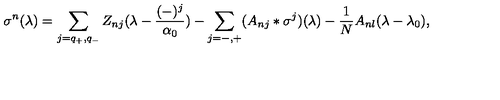
\sigma ^ { n } ( \lambda ) = \sum _ { j = q _ { + } , q _ { - } } Z _ { n j } ( \lambda - { \frac { ( - ) ^ { j } } { \alpha _ { 0 } } } ) - \sum _ { j = - , + } ( A _ { n j } * \sigma ^ { j } ) ( \lambda ) - { \frac { 1 } { N } } A _ { n l } ( \lambda - \lambda _ { 0 } ) ,